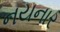
નયનાર